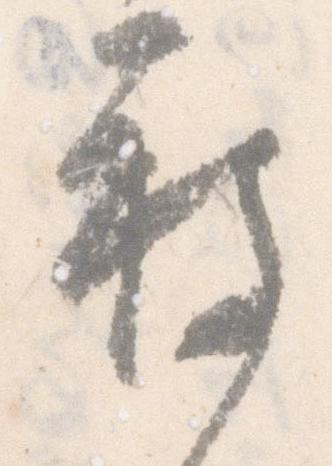
被